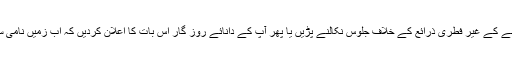
اور یہ شرح اتنی بڑھے کہ یا تو آ پ کو جوان نظر آ نے کے غیر فطری ذرائع کے خلاف جلوس نکالنے پڑیں یا پھر آپ کے دانائے روز گار اس بات کا اعلان کردیں کہ اب زمیں نامی سیارے پہ انسانوں کی عمر فقط پچپن سال رہ گئی ہے۔